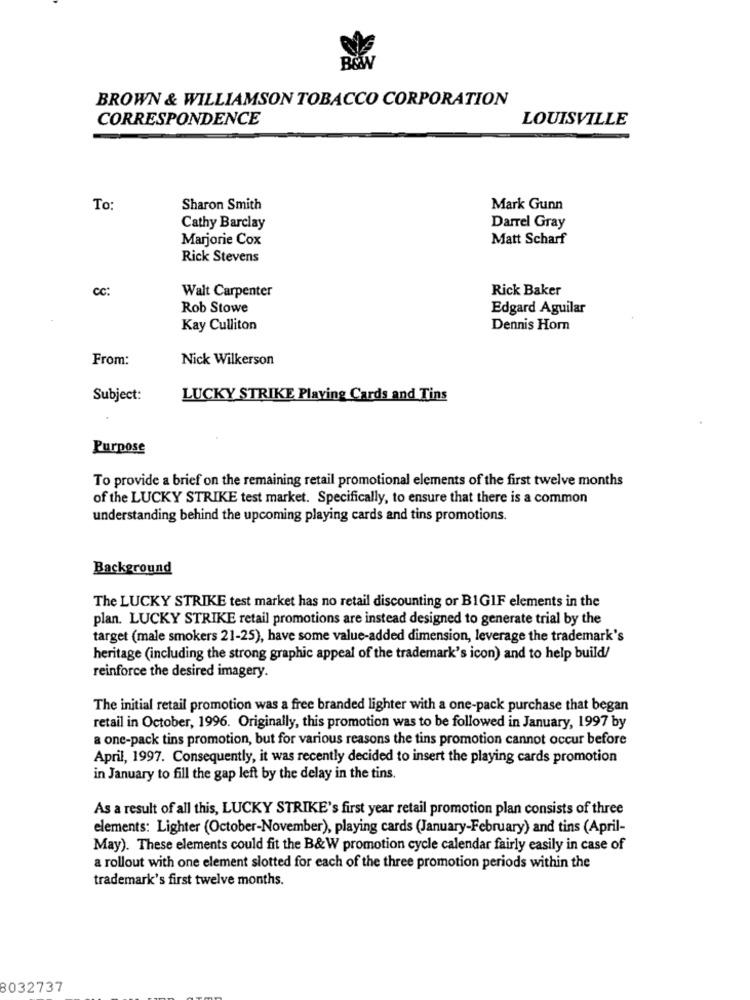
BROWN & WILLIAMSON TOBACCO CORPORATION
CORRESPONDENCE
LOUISVILLE
To:
Sharon Smith
Mark Gunn
Cathy Barclay
Darrel Gray
Marjorie Cox
Matt Scharf
Rick Stevens
cc:
Walt Carpenter
Rick Baker
Rob Stowe
Edgard Aguilar
Kay Culliton
Dennis Horn
From:
Nick Wilkerson
Subject:
LUCKY STRIKE Playing Cards and Tins
Purpose
To provide a brief on the remaining retail promotional elements of the first twelve months
of the LUCKY STRIKE test market. Specifically, to ensure that there is a common
understanding behind the upcoming playing cards and tins promotions.
Background
The LUCKY STRIKE test market has no retail discounting or B1GIF elements in the
plan. LUCKY STRIKE retail promotions are instead designed to generate trial by the
target (male smokers 21-25), have some value-added dimension, leverage the trademark's
heritage (including the strong graphic appeal of the trademark's icon) and to help build/
reinforce the desired imagery.
The initial retail promotion was a free branded lighter with a one-pack purchase that began
retail in October, 1996. Originally, this promotion was to be followed in January, 1997 by
a one-pack tins promotion, but for various reasons the tins promotion cannot occur before
April, 1997. Consequently, it was recently decided to insert the playing cards promotion
in January to fill the gap left by the delay in the tins.
As a result of all this, LUCKY STRIKE's first year retail promotion plan consists of three
elements: Lighter (October-November), playing cards (January-February) and tins (April-
May). These elements could fit the B&W promotion cycle calendar fairly easily in case of
a rollout with one element slotted for each of the three promotion periods within the
trademark's first twelve months.
8032737